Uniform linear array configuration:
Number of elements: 4
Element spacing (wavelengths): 0.75
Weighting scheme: blackman
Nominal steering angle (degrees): -30
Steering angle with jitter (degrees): -31.988
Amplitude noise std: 0.05
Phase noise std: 0.05

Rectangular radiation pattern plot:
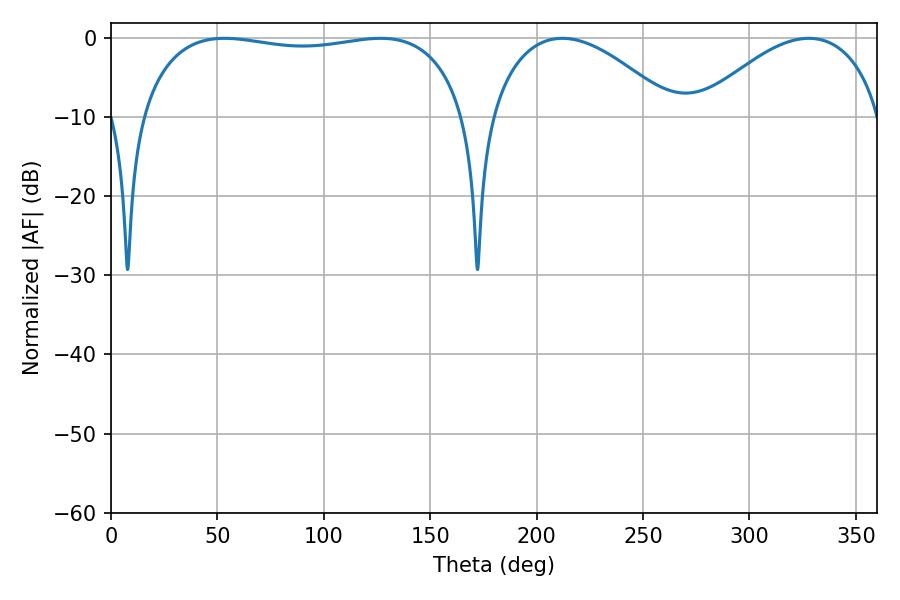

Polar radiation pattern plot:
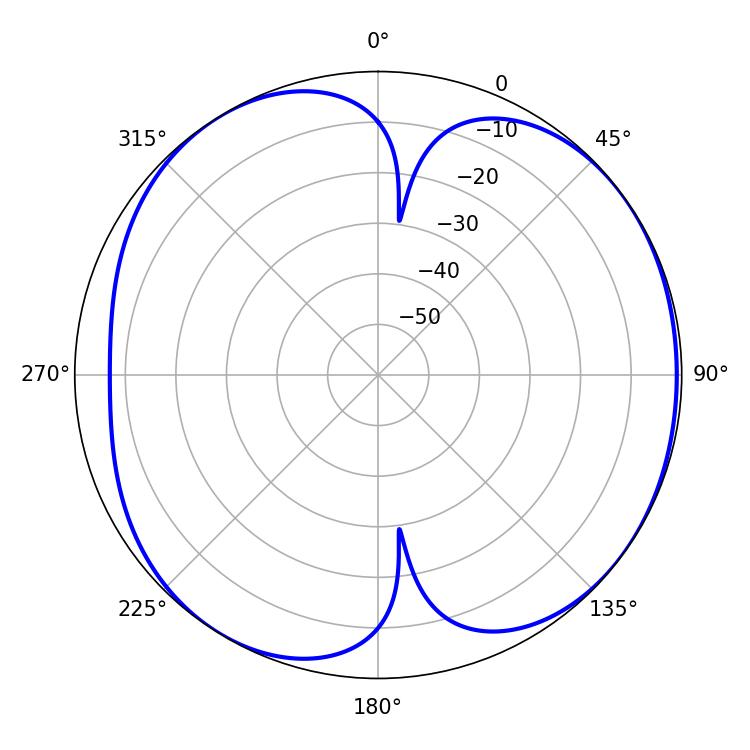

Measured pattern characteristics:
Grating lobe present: TRUE
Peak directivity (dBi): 5.791
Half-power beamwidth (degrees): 48.24
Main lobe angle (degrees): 212.04